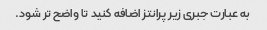
به عبارت جبری زیر پرانتز اضافه کنید تا واضح تر شود.